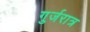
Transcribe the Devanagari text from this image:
गुर्जरात्र